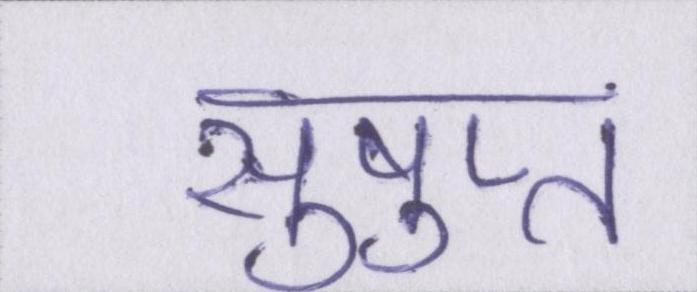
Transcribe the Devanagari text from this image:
सुषुप्त